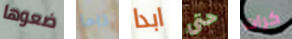
ضعوها ربما ابدا حتى كرات